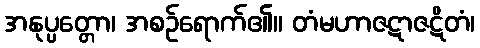
အနုပ္ပတ္တော၊ အစဉ်ရောက်၏။ တံမဟာဇဋာဇဋိတံ၊